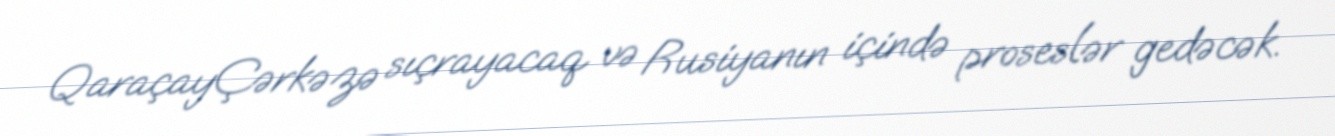
QaraçayÇərkəzə sıçrayacaq və Rusiyanın içində proseslər gedəcək.